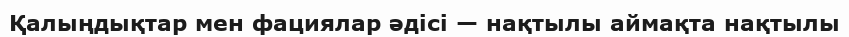
Қалыңдықтар мен фациялар әдісі — нақтылы аймақта нақтылы